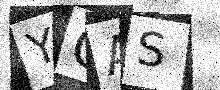
Text: YGAS